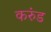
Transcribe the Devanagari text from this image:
करुंड